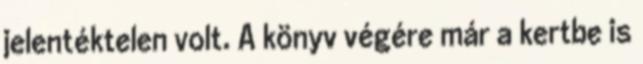
jelentéktelen volt. A könyv végére már a kertbe is